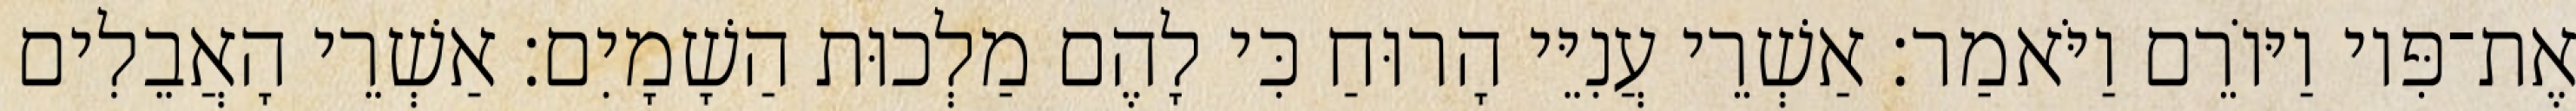
אֶת־פִּיו וַיּוֹרֵם וַיֹּאמַר׃ אַשְׁרֵי עֲנִיֵּי הָרוּחַ כִּי לָהֶם מַלְכוּת הַשָׁמָיִם׃ אַשְׁרֵי הָאֲבֵלִים